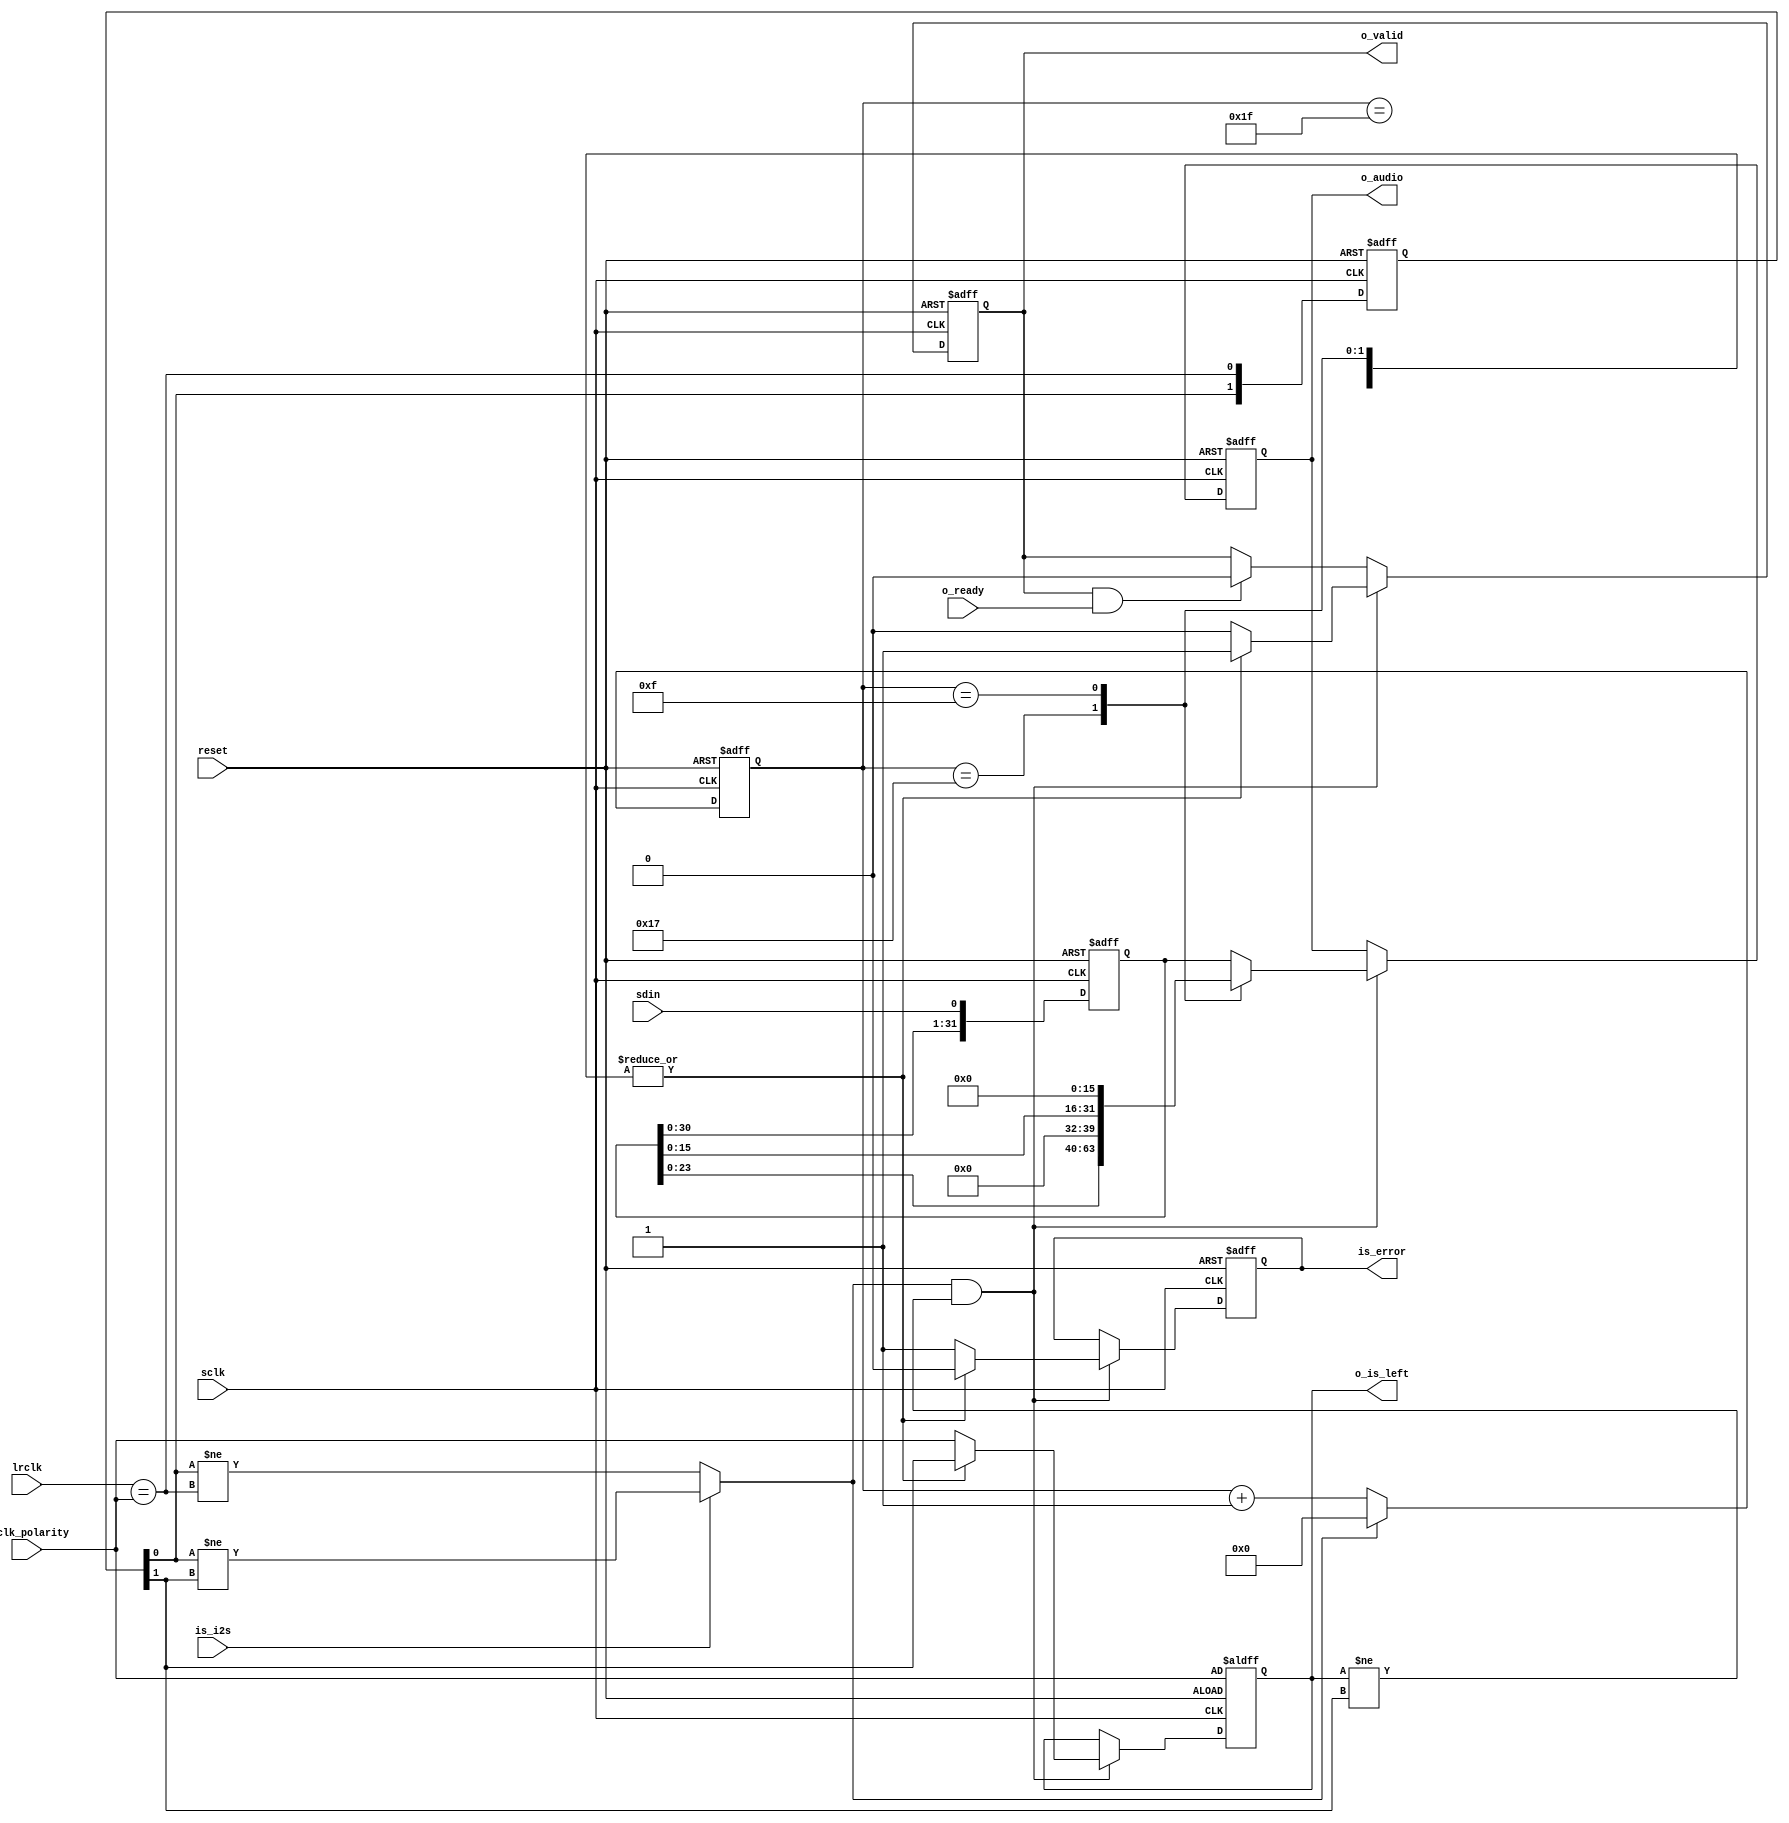
module serial_audio_decoder #(parameter audio_width = 32)(
    input wire sclk,
    input wire reset,
    input wire lrclk,
    input wire sdin,
    input wire is_i2s,
    input wire lrclk_polarity,
    output reg is_error,
    output reg o_valid,
    input wire o_ready,
    output reg o_is_left,
    output reg [audio_width-1:0] o_audio);

    reg [4:0] bit_count;
    reg [31:0] shift_data;
    reg [1:0] lr_history;

    wire is_current_channel_left = lrclk == lrclk_polarity;
    wire is_lr_changed = is_i2s ? (lr_history[0] != lr_history[1]) : (lr_history[0] != is_current_channel_left);

    localparam [31:0] ZERO = 0;

    always @(posedge sclk or posedge reset) begin
        if (reset) begin
            o_is_left <= lrclk_polarity;
            bit_count <= 0;
            lr_history <= 2'b00;
            shift_data <= 0;
            o_audio <= 0;
            is_error <= 1'b0;
            o_valid <= 1'b0;
        end else begin
            shift_data <= { shift_data[30:0], sdin };
            lr_history <= { lr_history[0], is_current_channel_left };
            bit_count <= is_lr_changed ? 1'b0 : bit_count + 1'b1;

            if (is_lr_changed && o_is_left != lr_history[1]) begin
                case (bit_count)
                    5'd31: begin // 32bit
                        o_audio <= shift_data[31:32 - audio_width];
                        is_error <= 1'b0;
                        o_is_left <= lr_history[1];
                        o_valid <= 1'b1;
                    end
                    5'd23: begin // 24bit
                        o_audio <= (audio_width > 24) ? { shift_data[23:0], ZERO[audio_width - 1 - 24:0] } : shift_data[23:24 - audio_width];
                        is_error <= 1'b0;
                        o_is_left <= lr_history[1];
                        o_valid <= 1'b1;
                    end
                    5'd15: begin // 16bit
                        o_audio <= (audio_width > 16) ? { shift_data[15:0], ZERO[audio_width - 1 - 16:0] } : shift_data[15:16 - audio_width];
                        is_error <= 1'b0;
                        o_is_left <= lr_history[1];
                        o_valid <= 1'b1;
                    end
                    default: begin  //error
                        o_audio <= shift_data[31:32 - audio_width];
                        is_error <= 1'b1;
                        o_is_left <= lrclk_polarity;
                        o_valid <= 1'b0;
                    end
                endcase
            end else if (o_valid && o_ready) begin
                o_valid <= 1'b0;
            end
        end
    end	
endmodule